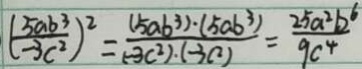
( \frac { 5 a b ^ { 3 } } { - 3 c ^ { 2 } } ) ^ { 2 } = \frac { ( 5 a b ^ { 3 } ) \cdot ( 5 a b ^ { 3 } ) } { ( - 3 c ^ { 2 } ) \cdot ( - 3 c ^ { 2 } ) } = \frac { 2 5 a ^ { 2 } b ^ { 2 } } { 9 c ^ { 4 } }